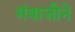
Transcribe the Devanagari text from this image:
मंबाजीने